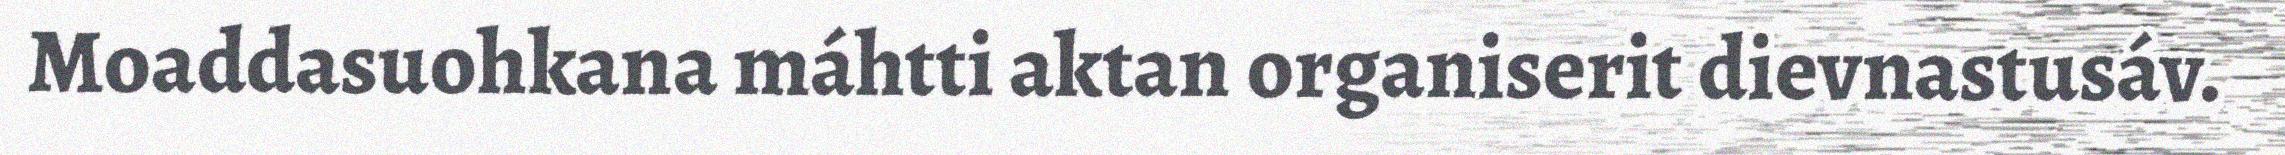
Moaddasuohkana máhtti aktan organiserit dievnastusáv.